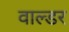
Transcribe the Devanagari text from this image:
वाल्डर